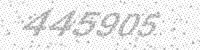
Solution: 445905